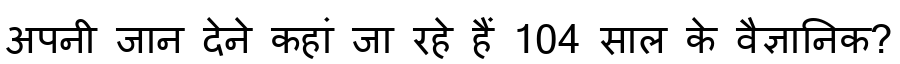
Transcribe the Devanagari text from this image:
अपनी जान देने कहां जा रहे हैं 104 साल के वैज्ञानिक?